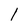
Character: 1